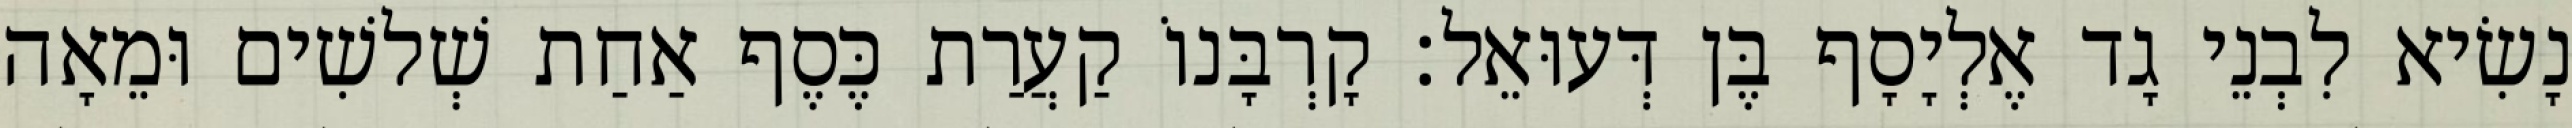
נָשִׂיא לִבְנֵי גָד אֶלְיָסָף בֶּן דְּעוּאֵל׃ קָרְבָּנוֹ קַעֲרַת כֶּסֶף אַחַת שְׁלשִׁים וּמֵאָה